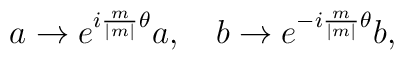
a\rightarrow e^{i{m\over{\mid m\mid }}\theta }a,~~~b\rightarrow e^{-i{m\over{\mid m\mid }}\theta }b,